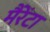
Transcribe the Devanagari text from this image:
मैरेंटा